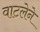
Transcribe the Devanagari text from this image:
वाटलेने